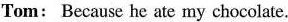
Tom: Because he ate my chocolate.